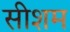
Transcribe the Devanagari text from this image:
सीशम